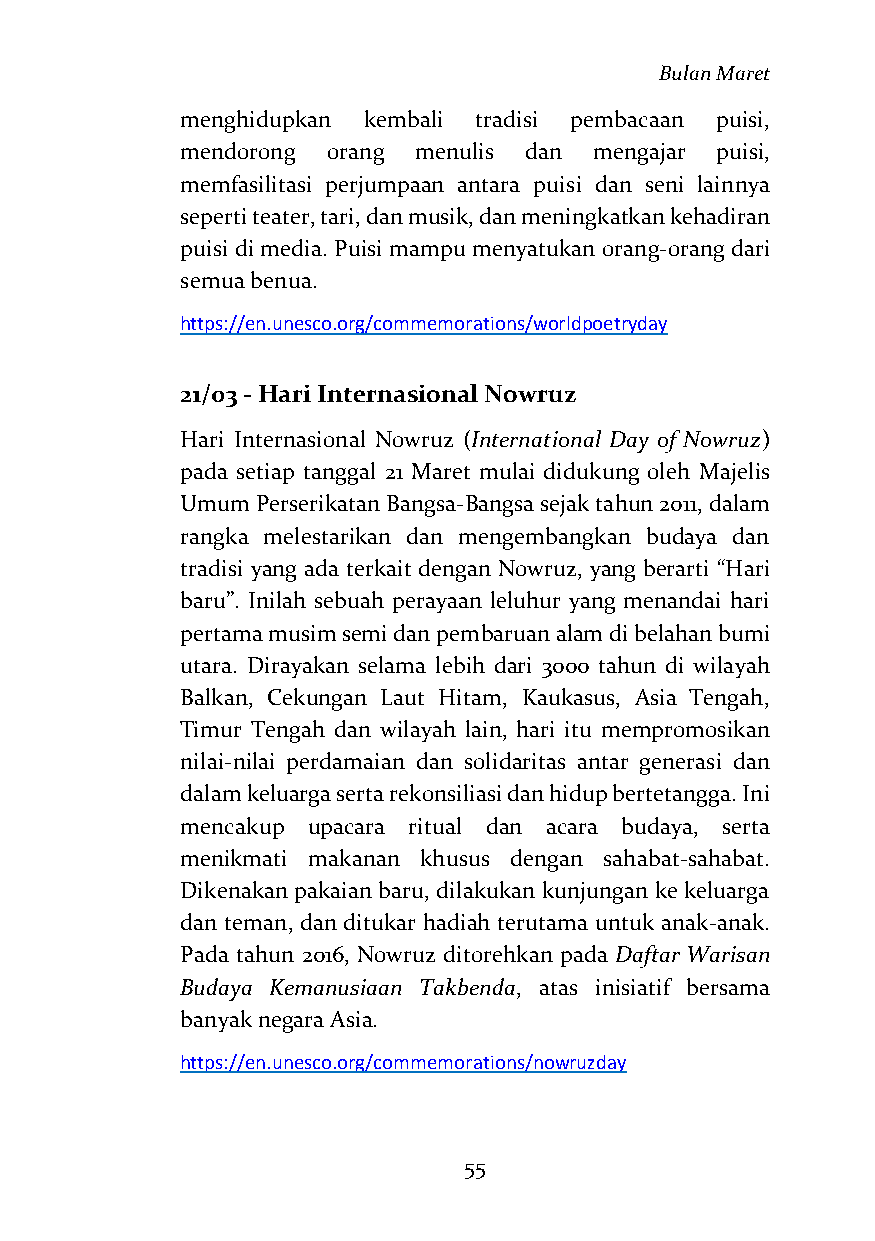
Bulan Maret
 menghidupkan kembali tradisi pembacaan puisi,
 mendorong orang menulis dan mengajar puisi,
 memfasilitasi perjumpaan antara puisi dan seni lainnya
 seperti teater, tari, dan musik, dan meningkatkan kehadiran
 puisi di media. Puisi mampu menyatukan orang-orang dari
 semua benua.
 https://en.unesco.org/commemorations/worldpoetryday
 21/03 - Hari Internasional Nowruz
 Hari Internasional Nowruz (International Day of Nowruz)
 pada setiap tanggal 21 Maret mulai didukung oleh Majelis
 Umum Perserikatan Bangsa-Bangsa sejak tahun 2011, dalam
 rangka melestarikan dan mengembangkan budaya dan
 tradisi yang ada terkait dengan Nowruz, yang berarti “Hari
 baru”. Inilah sebuah perayaan leluhur yang menandai hari
 pertama musim semi dan pembaruan alam di belahan bumi
 utara. Dirayakan selama lebih dari 3000 tahun di wilayah
 Balkan, Cekungan Laut Hitam, Kaukasus, Asia Tengah,
 Timur Tengah dan wilayah lain, hari itu mempromosikan
 nilai-nilai perdamaian dan solidaritas antar generasi dan
 dalam keluarga serta rekonsiliasi dan hidup bertetangga. Ini
 mencakup upacara ritual dan acara budaya, serta
 menikmati makanan khusus dengan sahabat-sahabat.
 Dikenakan pakaian baru, dilakukan kunjungan ke keluarga
 dan teman, dan ditukar hadiah terutama untuk anak-anak.
 Pada tahun 2016, Nowruz ditorehkan pada Daftar Warisan
 Budaya Kemanusiaan Takbenda, atas inisiatif bersama
 banyak negara Asia.
 https://en.unesco.org/commemorations/nowruzday
 55